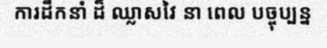
ការដឹកនាំ ដ៏ ឈ្លាសវៃ នា ពេល បច្ចុប្បន្ន